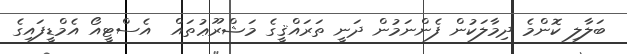
ބަލާލި ކޮންމެ ދިމާލަކުން ފެންނަމުން ދަނީ ތަރައްޤީގެ މަޝްރޫޢުތައް  އެސްޓީއޯ އެމްޑީފައިގެ